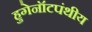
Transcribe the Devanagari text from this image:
हुगेनॉटपंथीय